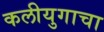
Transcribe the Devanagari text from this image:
कलीयुगाचा